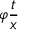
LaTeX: \varphi { \frac { t } { x } }